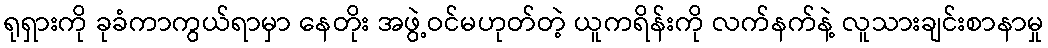
ရုရှားကို ခုခံကာကွယ်ရာမှာ နေတိုး အဖွဲ့ဝင်မဟုတ်တဲ့ ယူကရိန်းကို လက်နက်နဲ့ လူသားချင်းစာနာမှု